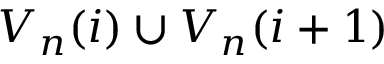
V _ { n } ( i ) \cup V _ { n } ( i + 1 )